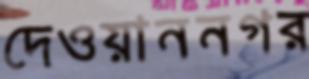
দেওয়াননগর